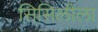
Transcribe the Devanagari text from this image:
सिसिलीला